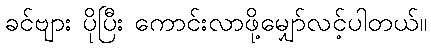
ခင်ဗျား ပိုပြီး ကောင်းလာဖို့မျှော်လင့်ပါတယ်။